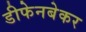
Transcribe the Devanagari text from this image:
डीफेनबेकर